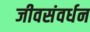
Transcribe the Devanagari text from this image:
जीवसंवर्धन